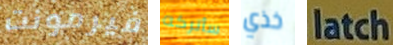
فيرمونت سأتركه خذي latch